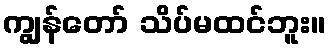
ကျွန်တော် သိပ်မထင်ဘူး။